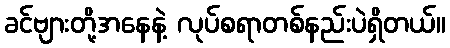
ခင်ဗျားတို့အနေနဲ့ လုပ်စရာတစ်နည်းပဲရှိတယ်။